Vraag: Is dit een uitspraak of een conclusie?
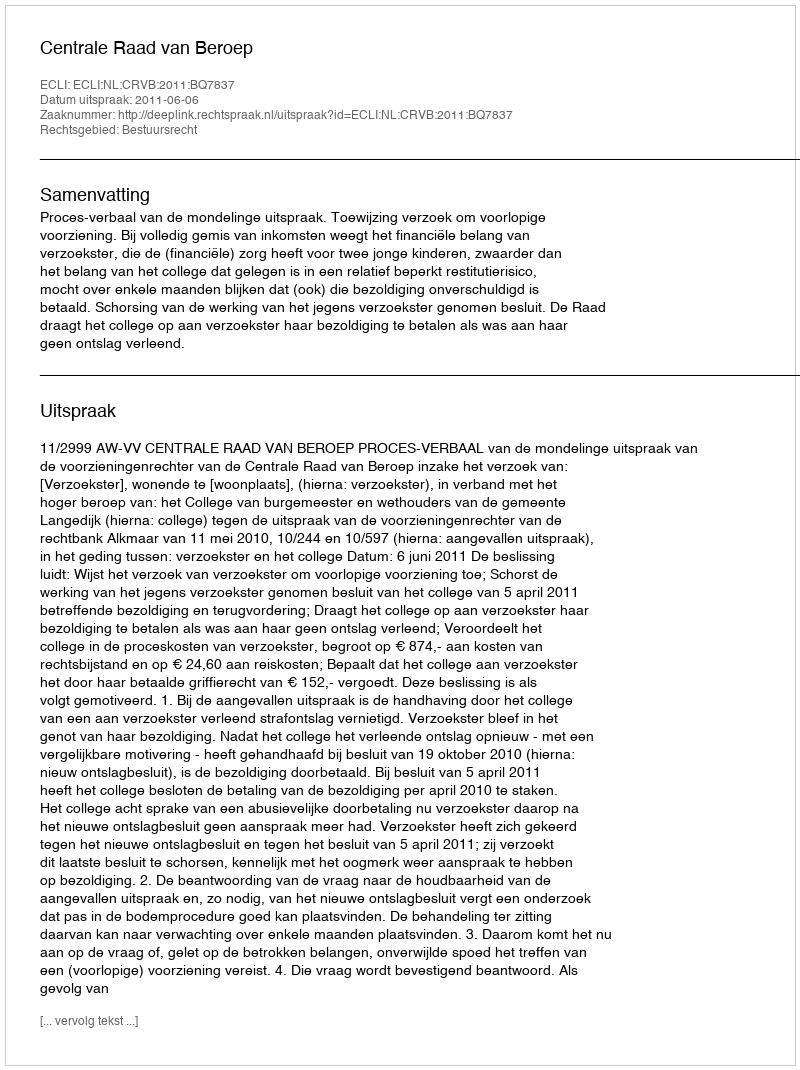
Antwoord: Uitspraak